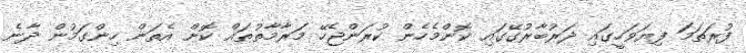
ފުރަތަމަ ފިޔަވަހީގައި ދަރުބާރުގޭގައި ކޮންމެހެން ކުރަންޖެހޭ މަރާމާތުތައް ކޮށް އެތަން ހިންގަމުން ދާނެ